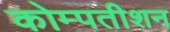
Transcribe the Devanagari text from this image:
कोम्पतीशन